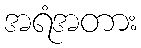
အရံအတား